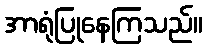
အာရုံပြုနေကြသည်။